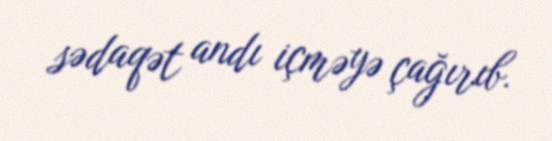
sədaqət andı içməyə çağırıb.